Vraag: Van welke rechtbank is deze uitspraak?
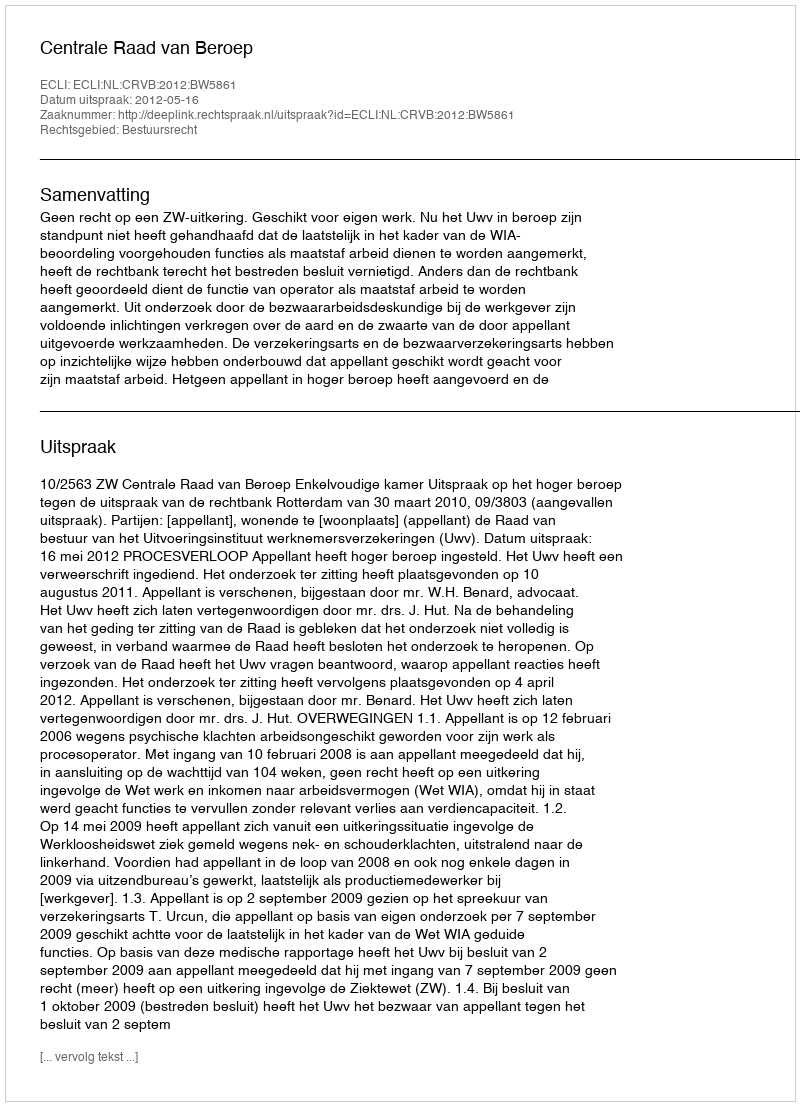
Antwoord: Centrale Raad van Beroep